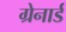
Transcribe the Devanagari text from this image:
ग्रेनार्ड